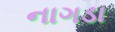
નાગડા